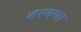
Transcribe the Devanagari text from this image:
शरणगत